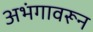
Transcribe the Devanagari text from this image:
अभंगावरून